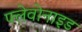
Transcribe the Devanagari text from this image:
फ्लेवोनाइड